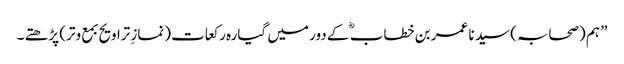
” ہم (صحابہ) سید نا عمر بن خطاب ؓ کے دور میں گیارہ رکعات (نمازِ تراویح بمع وتر) پڑھتے ۔